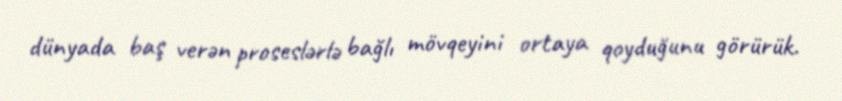
dünyada baş verən proseslərlə bağlı mövqeyini ortaya qoyduğunu görürük.